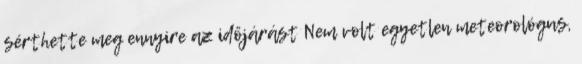
sérthette meg ennyire az időjárást Nem volt egyetlen meteorológus,